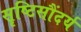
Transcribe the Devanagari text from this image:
सॄष्टिसौंदर्य